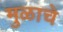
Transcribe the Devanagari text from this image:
मुळाचे